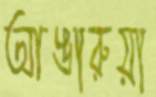
আঙারুয়া